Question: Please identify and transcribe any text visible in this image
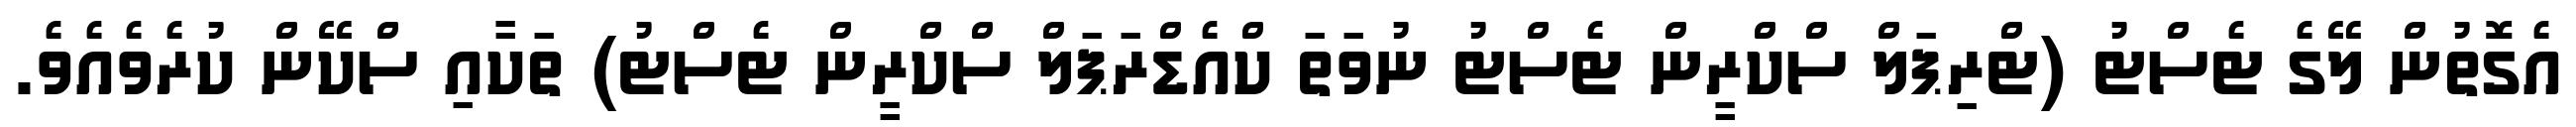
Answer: އެގޮތުން ލޭގެ ޓެސްޓު (ޓްރިޕަލް ސްކްރީން ޓެސްޓު ނުވަތަ ކްއެޑްރަޕަލް ސްކްރީން ޓެސްޓު) ތަކާއި ސްކޭން ކުރެވެއެވެ.